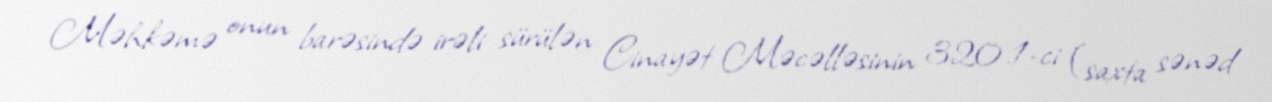
Məhkəmə onun barəsində irəli sürülən Cinayət Məcəlləsinin 320.1-ci (saxta sənəd